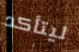
ليتأكد